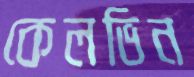
কেলভিন